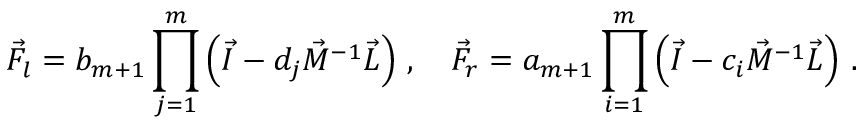
\vec { F } _ { l } = b _ { m + 1 } \prod _ { j = 1 } ^ { m } \left( \vec { I } - d _ { j } \vec { M } ^ { - 1 } \vec { L } \right) \, , \quad \vec { F } _ { r } = a _ { m + 1 } \prod _ { i = 1 } ^ { m } \left( \vec { I } - c _ { i } \vec { M } ^ { - 1 } \vec { L } \right) \, .